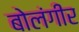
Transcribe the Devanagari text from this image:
बोलंगीर